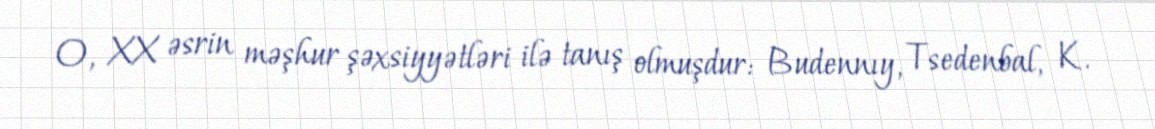
O, XX əsrin məşhur şəxsiyyətləri ilə tanış olmuşdur: Budennıy, Tsedenbal, K.